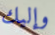
وإليك